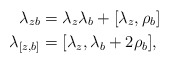
\begin{align*} \lambda_{zb} &= \lambda_z \lambda_b + [\lambda_z, \rho_b] \\\lambda_{[z,b]} &= [\lambda_z, \lambda_b + 2 \rho_b],\end{align*}